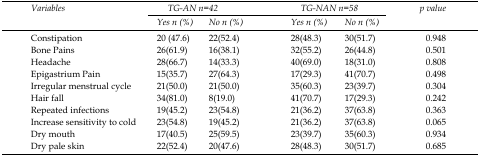
<table><thead><tr><td rowspan="2"><b>Variables</b></td><td colspan="2"><b>TG-AN n=42</b></td><td colspan="2"><b>TG-NAN n=58</b></td><td rowspan="2"><b>p value</b></td></tr><tr><td><b>Yes n (%)</b></td><td><b>No n (%)</b></td><td><b>Yes n (%)</b></td><td><b>No n (%)</b></td></tr></thead><tbody><tr><td>Constipation</td><td>20 (47.6)</td><td>22(52.4)</td><td>28(48.3)</td><td>30(51.7)</td><td>0.948</td></tr><tr><td>Bone Pains</td><td>26(61.9)</td><td>16(38.1)</td><td>32(55.2)</td><td>26(44.8)</td><td>0.501</td></tr><tr><td>Headache</td><td>28(66.7)</td><td>14(33.3)</td><td>40(69.0)</td><td>18(31.0)</td><td>0.808</td></tr><tr><td>Epigastrium Pain</td><td>15(35.7)</td><td>27(64.3)</td><td>17(29.3)</td><td>41(70.7)</td><td>0.498</td></tr><tr><td>Irregular menstrual cycle</td><td>21(50.0)</td><td>21(50.0)</td><td>35(60.3)</td><td>23(39.7)</td><td>0.304</td></tr><tr><td>Hair fall</td><td>34(81.0)</td><td>8(19.0)</td><td>41(70.7)</td><td>17(29.3)</td><td>0.242</td></tr><tr><td>Repeated infections</td><td>19(45.2)</td><td>23(54.8)</td><td>21(36.2)</td><td>37(63.8)</td><td>0.363</td></tr><tr><td>Increase sensitivity to cold</td><td>23(54.8)</td><td>19(45.2)</td><td>21(36.2)</td><td>37(63.8)</td><td>0.065</td></tr><tr><td>Dry mouth</td><td>17(40.5)</td><td>25(59.5)</td><td>23(39.7)</td><td>35(60.3)</td><td>0.934</td></tr><tr><td>Dry pale skin</td><td>22(52.4)</td><td>20(47.6)</td><td>28(48.3)</td><td>30(51.7)</td><td>0.685</td></tr></tbody></table>